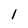
Character: 1